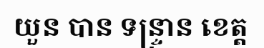
យួន បាន ទន្ទ្រាន ខេត្ត